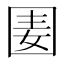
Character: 𡇦